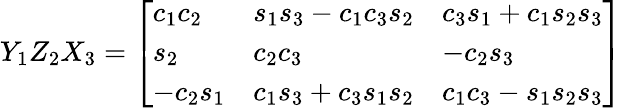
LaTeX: Y_{1}Z_{2}X_{3}={\left[\begin{array}{lll}{c_{1}c_{2}}&{s_{1}s_{3}-c_{1}c_{3}s_{2}}&{c_{3}s_{1}+c_{1}s_{2}s_{3}}\\ {s_{2}}&{c_{2}c_{3}}&{-c_{2}s_{3}}\\ {-c_{2}s_{1}}&{c_{1}s_{3}+c_{3}s_{1}s_{2}}&{c_{1}c_{3}-s_{1}s_{2}s_{3}}\end{array}\right]}